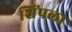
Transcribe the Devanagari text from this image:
शिंपला